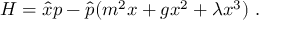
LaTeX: H = { \hat { x } } p - { \hat { p } } ( m ^ { 2 } x + g x ^ { 2 } + \lambda x ^ { 3 } ) ~ .